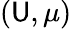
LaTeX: (\mathsf{U},\mu)